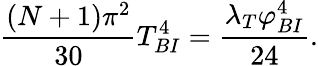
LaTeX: \frac{(N+1)\pi^{2}}{30}T_{BI}^{4}=\frac{\lambda_{T}\varphi_{BI}^{4}}{24}.